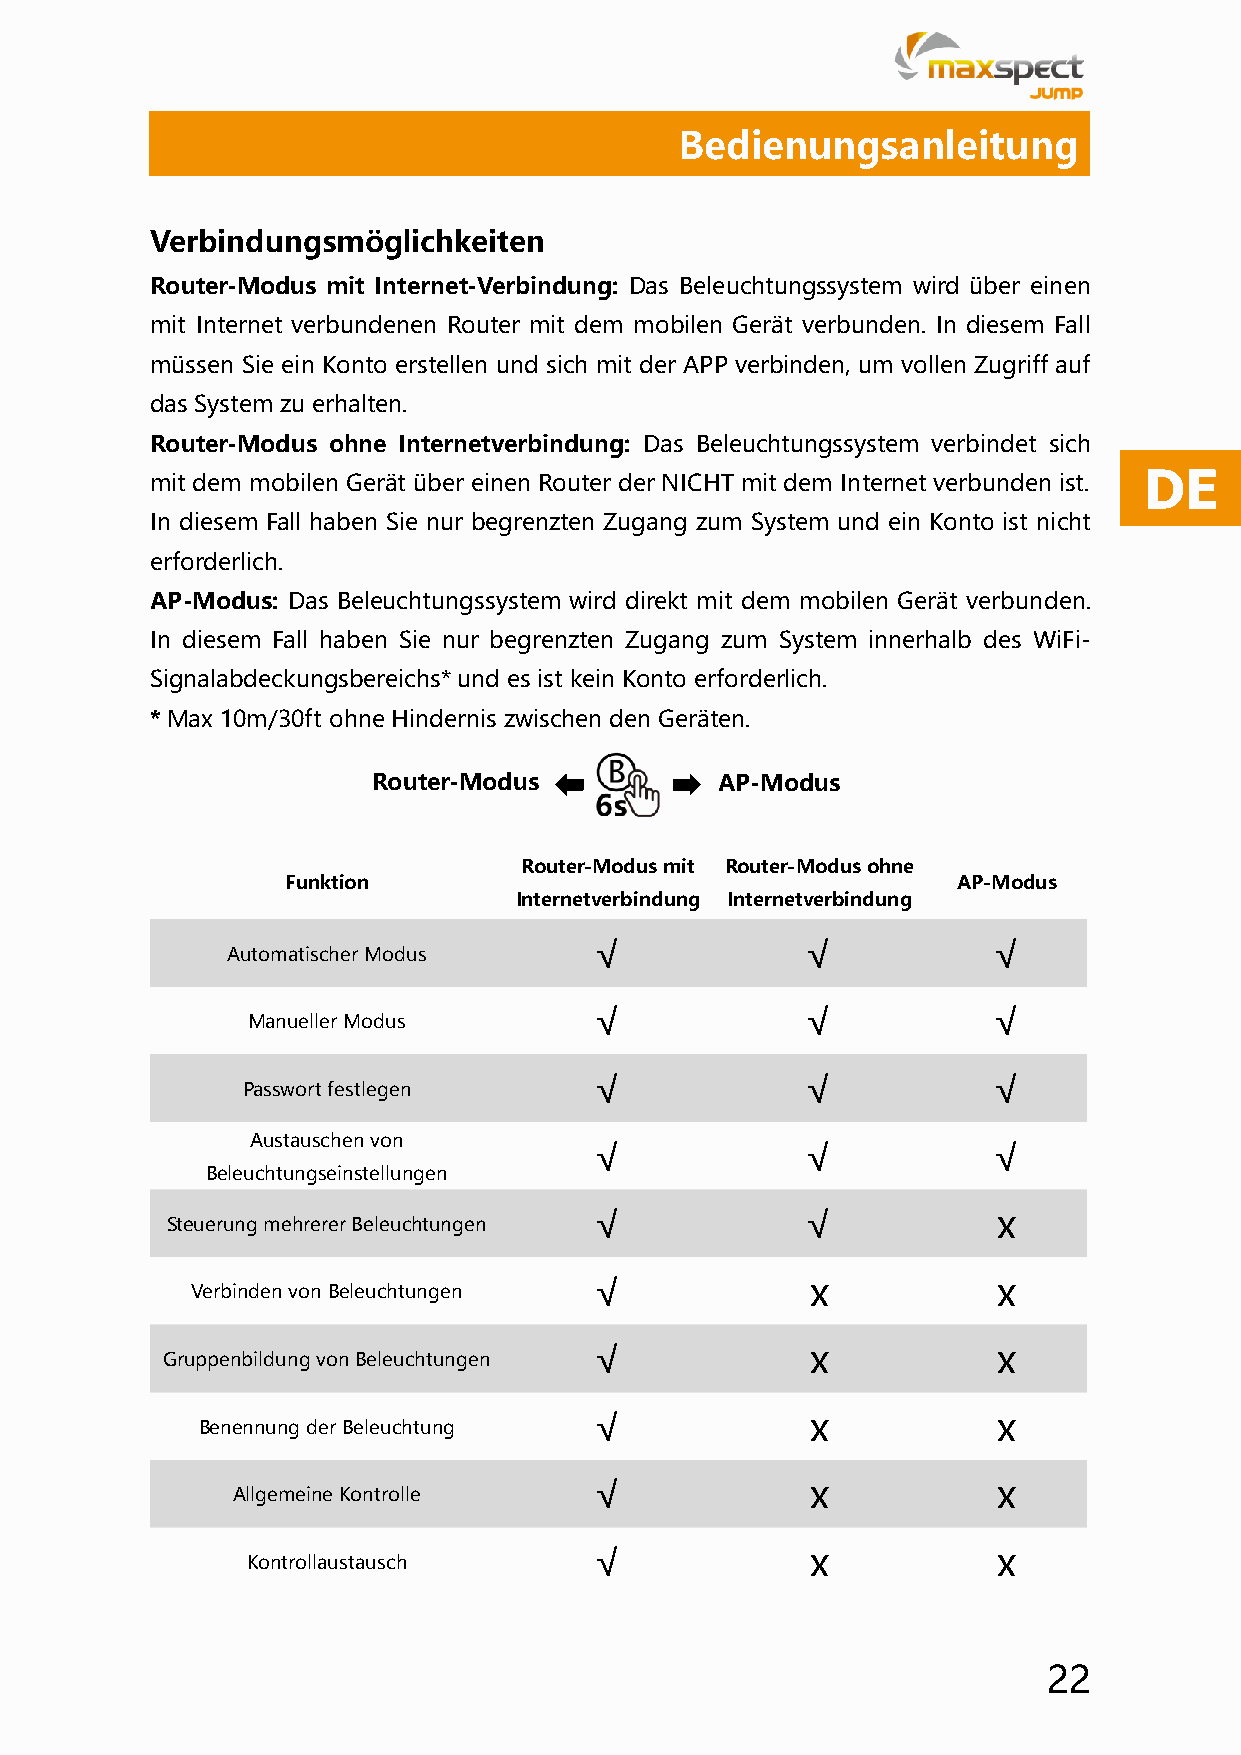
Bedienungsanleitung
 Verbindungsmöglichkeiten
 Router-Modus mit Internet-Verbindung: Das Beleuchtungssystem wird über einen
 mit Internet verbundenen Router mit dem mobilen Gerät verbunden. In diesem Fall
 müssen Sie ein Konto erstellen und sich mit der APP verbinden, um vollen Zugriff auf
 das System zu erhalten.
 Router-Modus ohne Internetverbindung: Das Beleuchtungssystem verbindet sich
 DE
 mit dem mobilen Gerät über einen Router der NICHT mit dem Internet verbunden ist.
 In diesem Fall haben Sie nur begrenzten Zugang zum System und ein Konto ist nicht
 erforderlich.
 AP-Modus: Das Beleuchtungssystem wird direkt mit dem mobilen Gerät verbunden.
 In diesem Fall haben Sie nur begrenzten Zugang zum System innerhalb des WiFi-
 Signalabdeckungsbereichs* und es ist kein Konto erforderlich.
 * Max 10m/30ft ohne Hindernis zwischen den Geräten.
 Router-Modus          AP-Modus
 Router-Modus mit Router-Modus ohne
 Funktion                                    AP-Modus
 Internetverbindung Internetverbindung
 √             √            √
 Automatischer Modus
 √             √            √
 Manueller Modus
 √             √            √
 Passwort festlegen
 Austauschen von
 √             √            √
 Beleuchtungseinstellungen
 √             √            x
 Steuerung mehrerer Beleuchtungen
 √              x           x
 Verbinden von Beleuchtungen
 √              x           x
 Gruppenbildung von Beleuchtungen
 √              x           x
 Benennung der Beleuchtung
 √              x           x
 Allgemeine Kontrolle
 √              x           x
 Kontrollaustausch
 22